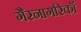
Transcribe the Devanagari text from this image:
गैरनागरिकॉ